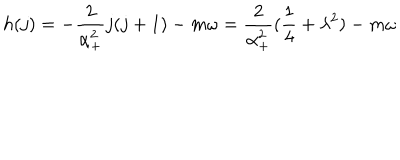
h ( j ) = - \frac 2 { \alpha _ { + } ^ { 2 } } j ( j + 1 ) - m \omega = \frac 2 { \alpha _ { + } ^ { 2 } } ( \frac 1 4 + \lambda ^ { 2 } ) - m \omega